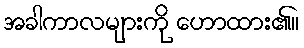
အခါကာလများကို ဟောထား၏။